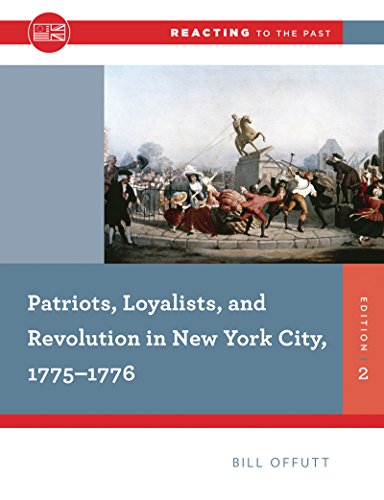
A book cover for Patriots, Loyalists, and Revolution in New York City, 1775-1776 (Second Edition)  (Reacting to the Past); William Offutt; History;